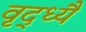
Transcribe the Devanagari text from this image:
वृद्ध्यै